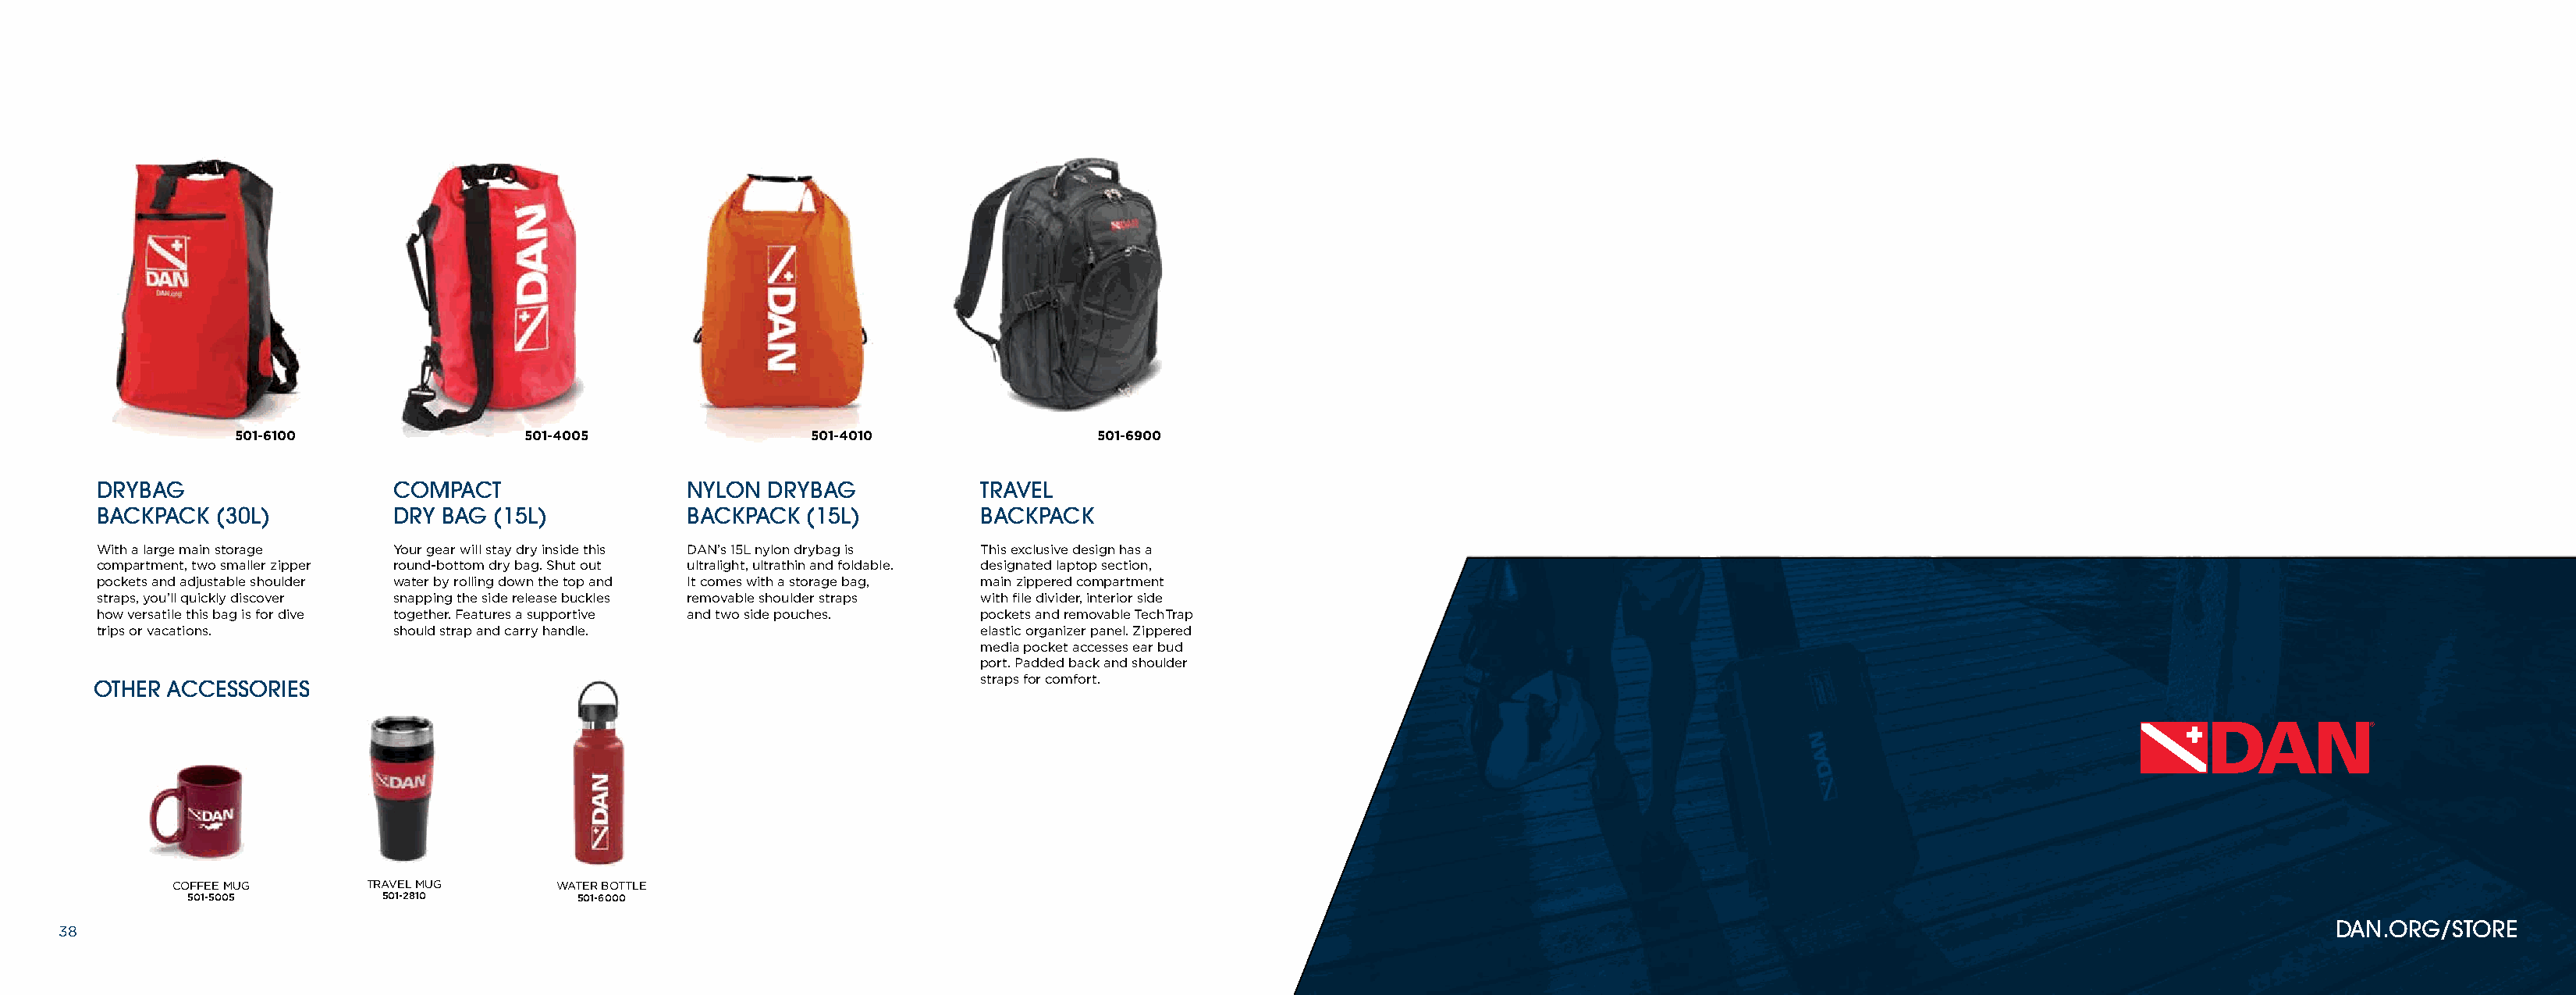
501-6100                501-4005                 501-4010                501-6900
 DRYBAG                   COMPACT                  NYLON  DRYBAG            TRAVEL
 BACKPACK  (30L)          DRY BAG  (15L)           BACKPACK  (15L)          BACKPACK
 With a large main storage Your gear will stay dry inside this DAN’s 15L nylon drybag is This exclusive design has a
 compartment, two smaller zipper round-bottom dry bag. Shut out ultralight, ultrathin and foldable. designated laptop section,
 pockets and adjustable shoulder water by rolling down the top and It comes with a storage bag, main zippered compartment
 straps, you’ll quickly discover snapping the side release buckles removable shoulder straps with file divider, interior side
 how versatile this bag is for dive together. Features a supportive and two side pouches. pockets and removable TechTrap
 trips or vacations.      should strap and carry handle.                    elastic organizer panel. Zippered
 media pocket accesses ear bud
 port. Padded back and shoulder
 straps for comfort.
 OTHER ACCESSORIES
 COFFEE MUG      TRAVEL MUG      WATER BOTTLE
 501-5005        501-2810         501-6000
 38                                                                                                                                                                                               DAN.ORG/STOR3E9